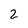
Character: 2